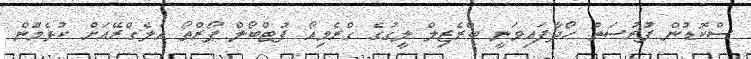
ސްކޮޑުން ފުރުސަތު ހޯދާފައިވަނީ ބްރެޒިލް ލީގުގެ ގްރެމިއޯ ފުޓްބޯލް ޕޯރްތޯ އެލެގްރޭއަށް ކުޅެމުން